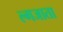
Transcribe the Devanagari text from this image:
ल्गजाता